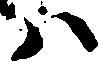
ハ